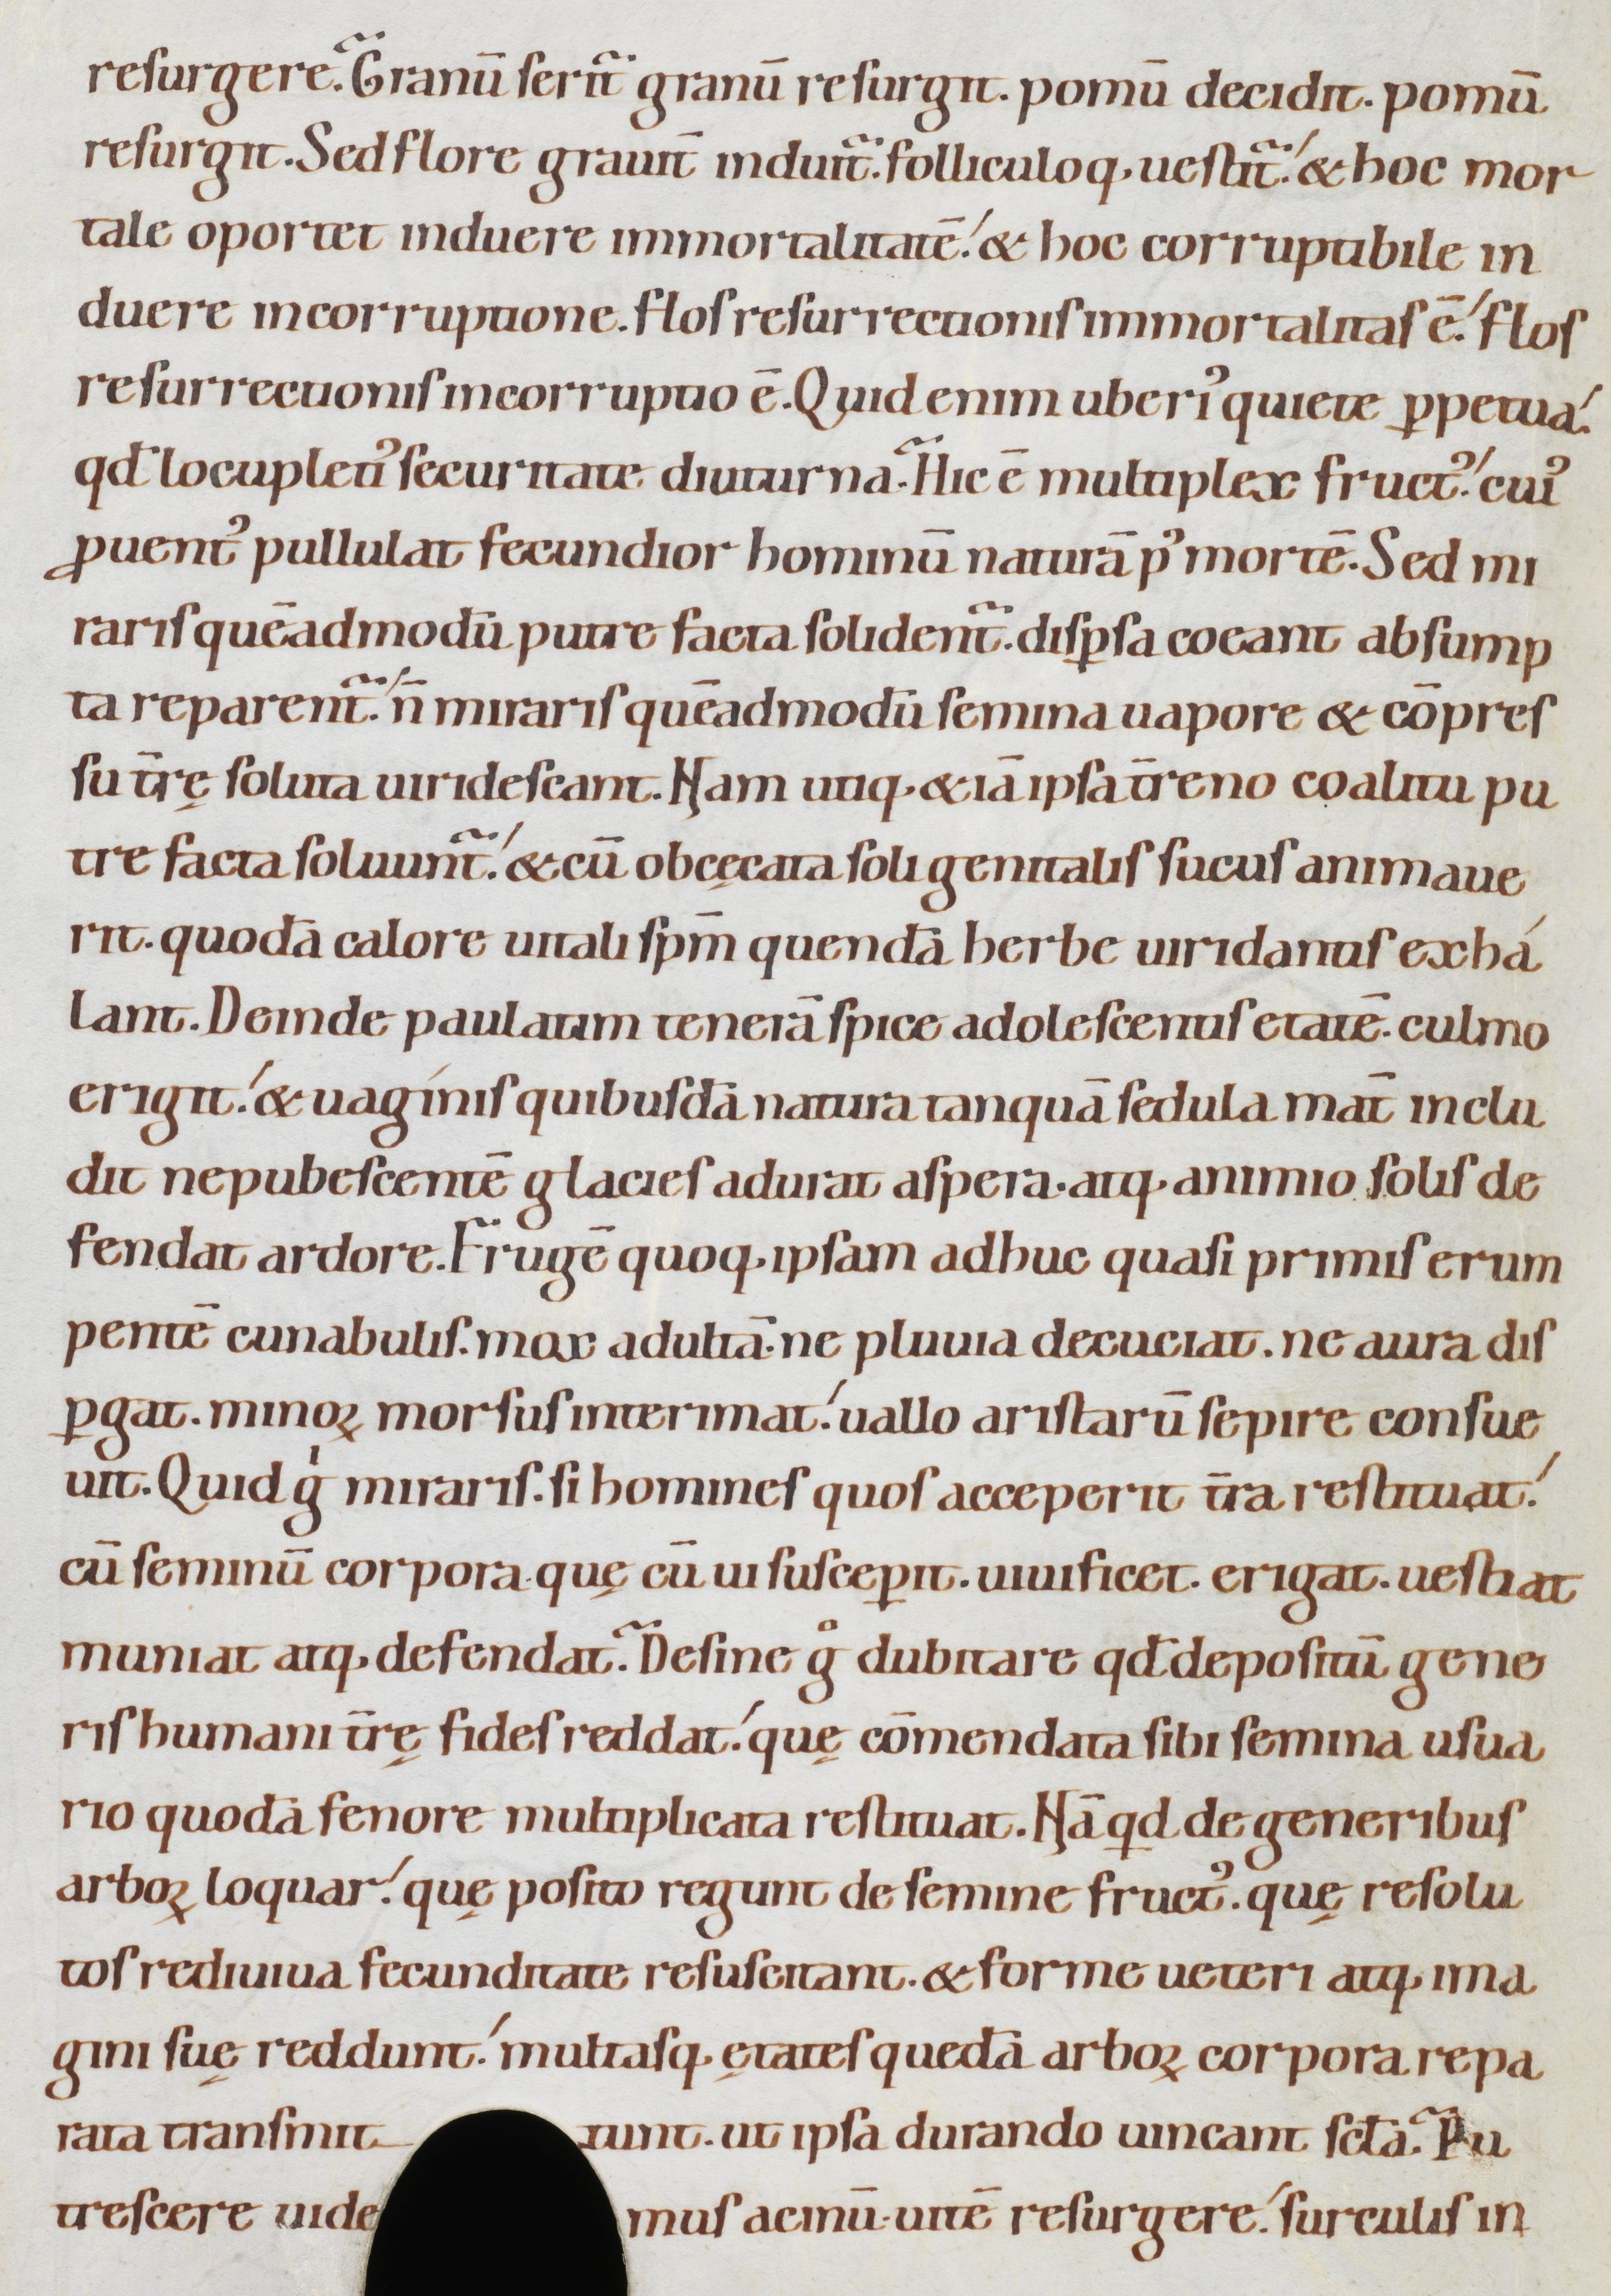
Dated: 1080–1096